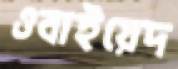
ওবাইয়েদ